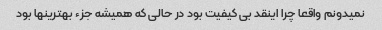
نمیدونم واقعا چرا اینقد بی کیفیت بود در حالی که همیشه جزء بهترینها بود